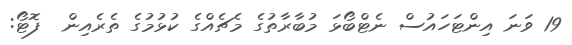
19 ވަނަ އިންޓަހައުސް ނެޓްބޯޅަ މުބާރާތުގެ މެޗެއްގެ ކުޅުމުގެ ތެރެއިން  ފޮޓޯ: